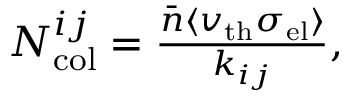
\begin{array} { r } { N _ { \mathrm { c o l } } ^ { i j } = \frac { \bar { n } \langle v _ { \mathrm { t h } } \sigma _ { \mathrm { e l } } \rangle } { k _ { i j } } , } \end{array}